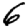
Digit: 6